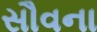
સૌવના